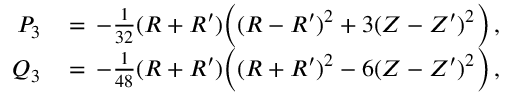
\begin{array} { r l } { P _ { 3 } \, } & { = \, - \frac { 1 } { 3 2 } ( R + R ^ { \prime } ) \Bigl ( ( R - R ^ { \prime } ) ^ { 2 } + 3 ( Z - Z ^ { \prime } ) ^ { 2 } \Bigr ) \, , } \\ { Q _ { 3 } \, } & { = \, - \frac { 1 } { 4 8 } ( R + R ^ { \prime } ) \Bigl ( ( R + R ^ { \prime } ) ^ { 2 } - 6 ( Z - Z ^ { \prime } ) ^ { 2 } \Bigr ) \, , } \end{array}